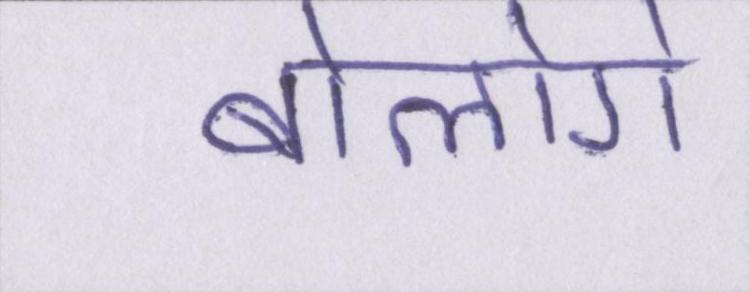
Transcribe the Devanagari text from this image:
बोलोगे